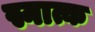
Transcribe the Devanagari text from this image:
स्नात्क